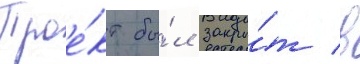
Прое́кт бы́л закры́т в